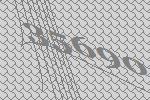
35690